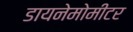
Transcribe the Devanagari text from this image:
डायनेमोमीटर